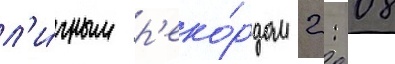
л'и́чным р'еко́рдом 2: 08